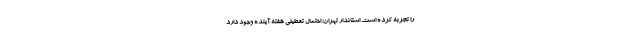
را تجربه کرده است. استاندار تهران: احتمال تعطیلی هفته آینده وجود دارد